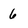
Character: 6